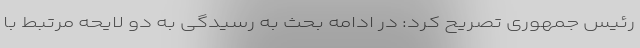
رئیس جمهوری تصریح کرد: در ادامه بحث به رسیدگی به دو لایحه مرتبط با